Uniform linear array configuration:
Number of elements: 64
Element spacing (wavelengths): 0.5
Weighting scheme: hann
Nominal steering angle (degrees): -30
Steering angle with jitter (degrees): -30.746
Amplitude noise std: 0.05
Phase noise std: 0.05

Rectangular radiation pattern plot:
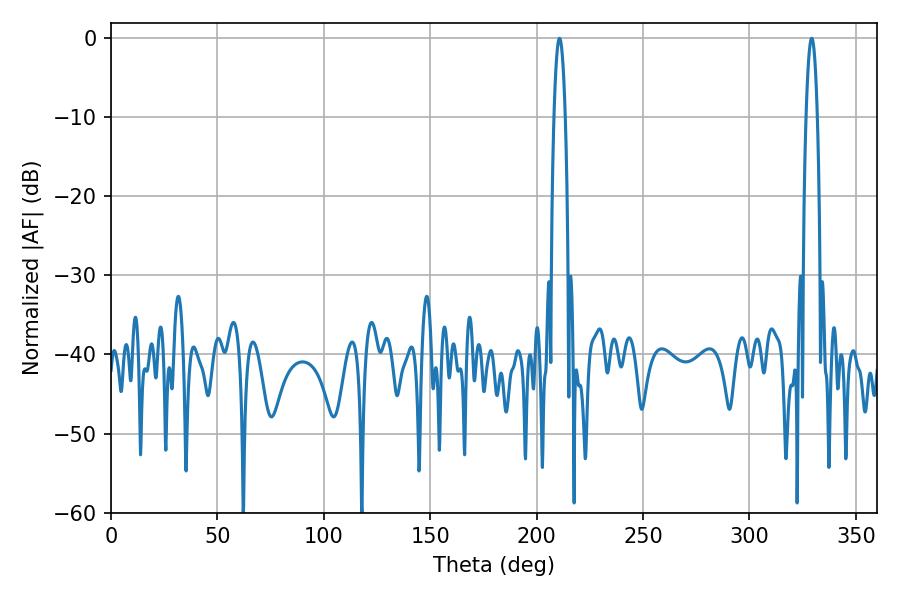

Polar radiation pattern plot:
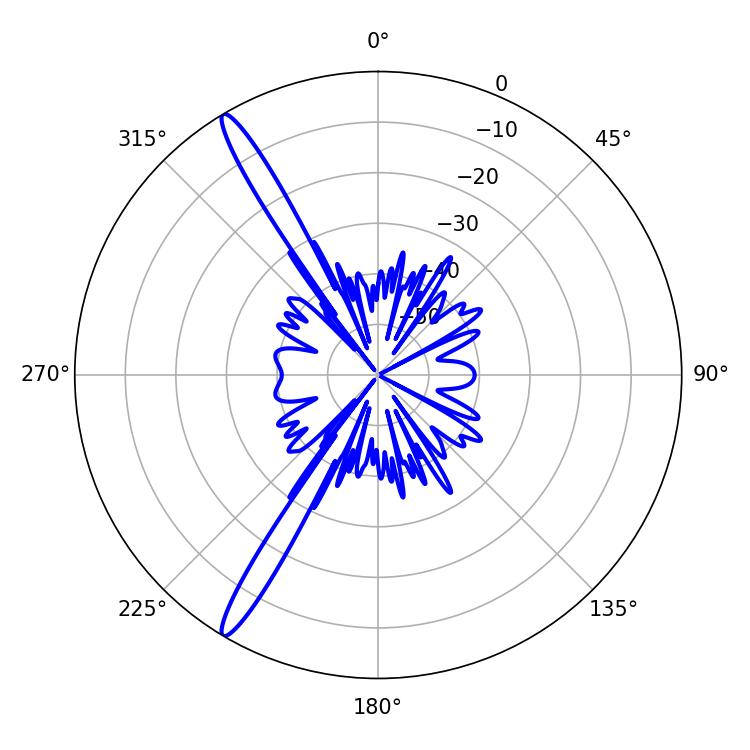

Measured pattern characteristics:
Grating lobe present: FALSE
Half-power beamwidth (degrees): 2.88
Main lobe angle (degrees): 329.22